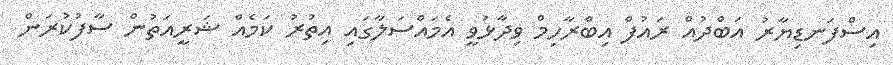
އިސްފަނޑިޔާރު އަބްދުއް ރައުފް އިބްރާހިމް ވިދާޅުވީ އެމައްސަލާގައި އިތުރު ކަމެއް ޝަރީއަތުން ސާފުކުރަން